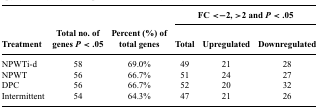
<table><thead><tr><td></td><td></td><td></td><td colspan="3"><b>FC &lt;−2, &gt;2 and <i>P</i> &lt; .05</b></td></tr><tr><td><b>Treatment</b></td><td><b>Total no. of genes <i>P</i> &lt; .05</b></td><td><b>Percent (%) of total genes</b></td><td><b>Total</b></td><td><b>Upregulated</b></td><td><b>Downregulated</b></td></tr></thead><tbody><tr><td>NPWTi-d</td><td>58</td><td>69.0%</td><td>49</td><td>21</td><td>28</td></tr><tr><td>NPWT</td><td>56</td><td>66.7%</td><td>51</td><td>24</td><td>27</td></tr><tr><td>DPC</td><td>56</td><td>66.7%</td><td>52</td><td>20</td><td>32</td></tr><tr><td>Intermittent</td><td>54</td><td>64.3%</td><td>47</td><td>21</td><td>26</td></tr></tbody></table>